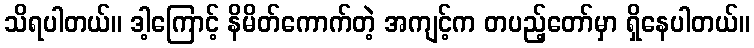
သိရပါတယ်။ ဒါ့ကြောင့် နိမိတ်ကောက်တဲ့ အကျင့်က တပည့်တော်မှာ ရှိနေပါတယ်။